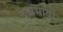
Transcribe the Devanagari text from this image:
दुष्प्रभावो